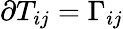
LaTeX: \partial T_{ij}=\Gamma_{ij}